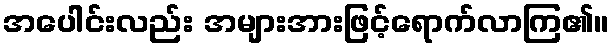
အပေါင်းလည်း အများအားဖြင့်ရောက်လာကြ၏။